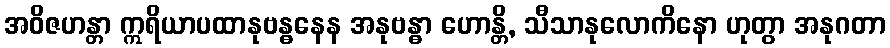
အဝိဇဟန္တာ ဣရိယာပထာနုဗန္ဓနေန အနုဗန္ဓာ ဟောန္တိ, သီသာနုလောကိနော ဟုတွာ အနုဂတာ